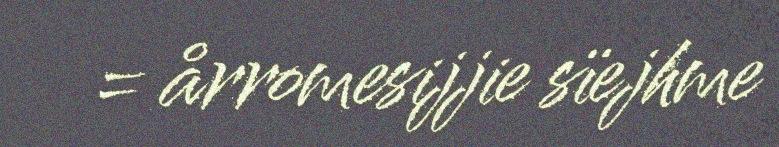
= årromesijjie sïejhme